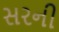
સરની